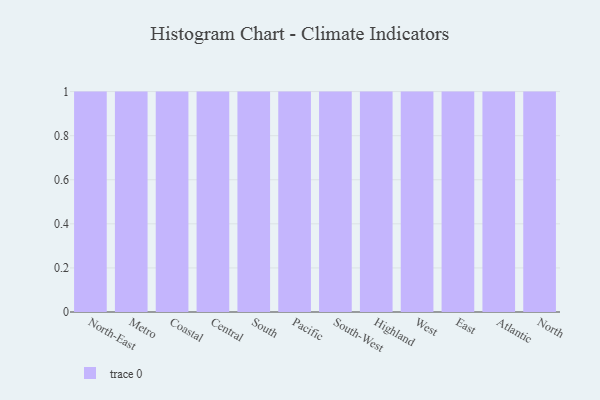
{"axis": {"x": "Region", "y": "Temperature (°C)"}, "legend": [""], "data": [{"x": "North-East", "y": 7, "type": ""}, {"x": "Metro", "y": 81, "type": ""}, {"x": "Coastal", "y": 97, "type": ""}, {"x": "Central", "y": 58, "type": ""}, {"x": "South", "y": 9, "type": ""}, {"x": "Pacific", "y": 21, "type": ""}, {"x": "South-West", "y": 100, "type": ""}, {"x": "Highland", "y": 7, "type": ""}, {"x": "West", "y": 19, "type": ""}, {"x": "East", "y": 56, "type": ""}, {"x": "Atlantic", "y": 65, "type": ""}, {"x": "North", "y": 19, "type": ""}]}